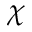
\chi